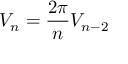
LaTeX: V _ { n } = { \frac { 2 \pi } { n } } V _ { n - 2 }